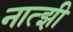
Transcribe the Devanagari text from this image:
नात्झी